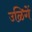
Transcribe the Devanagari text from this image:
उळिगें